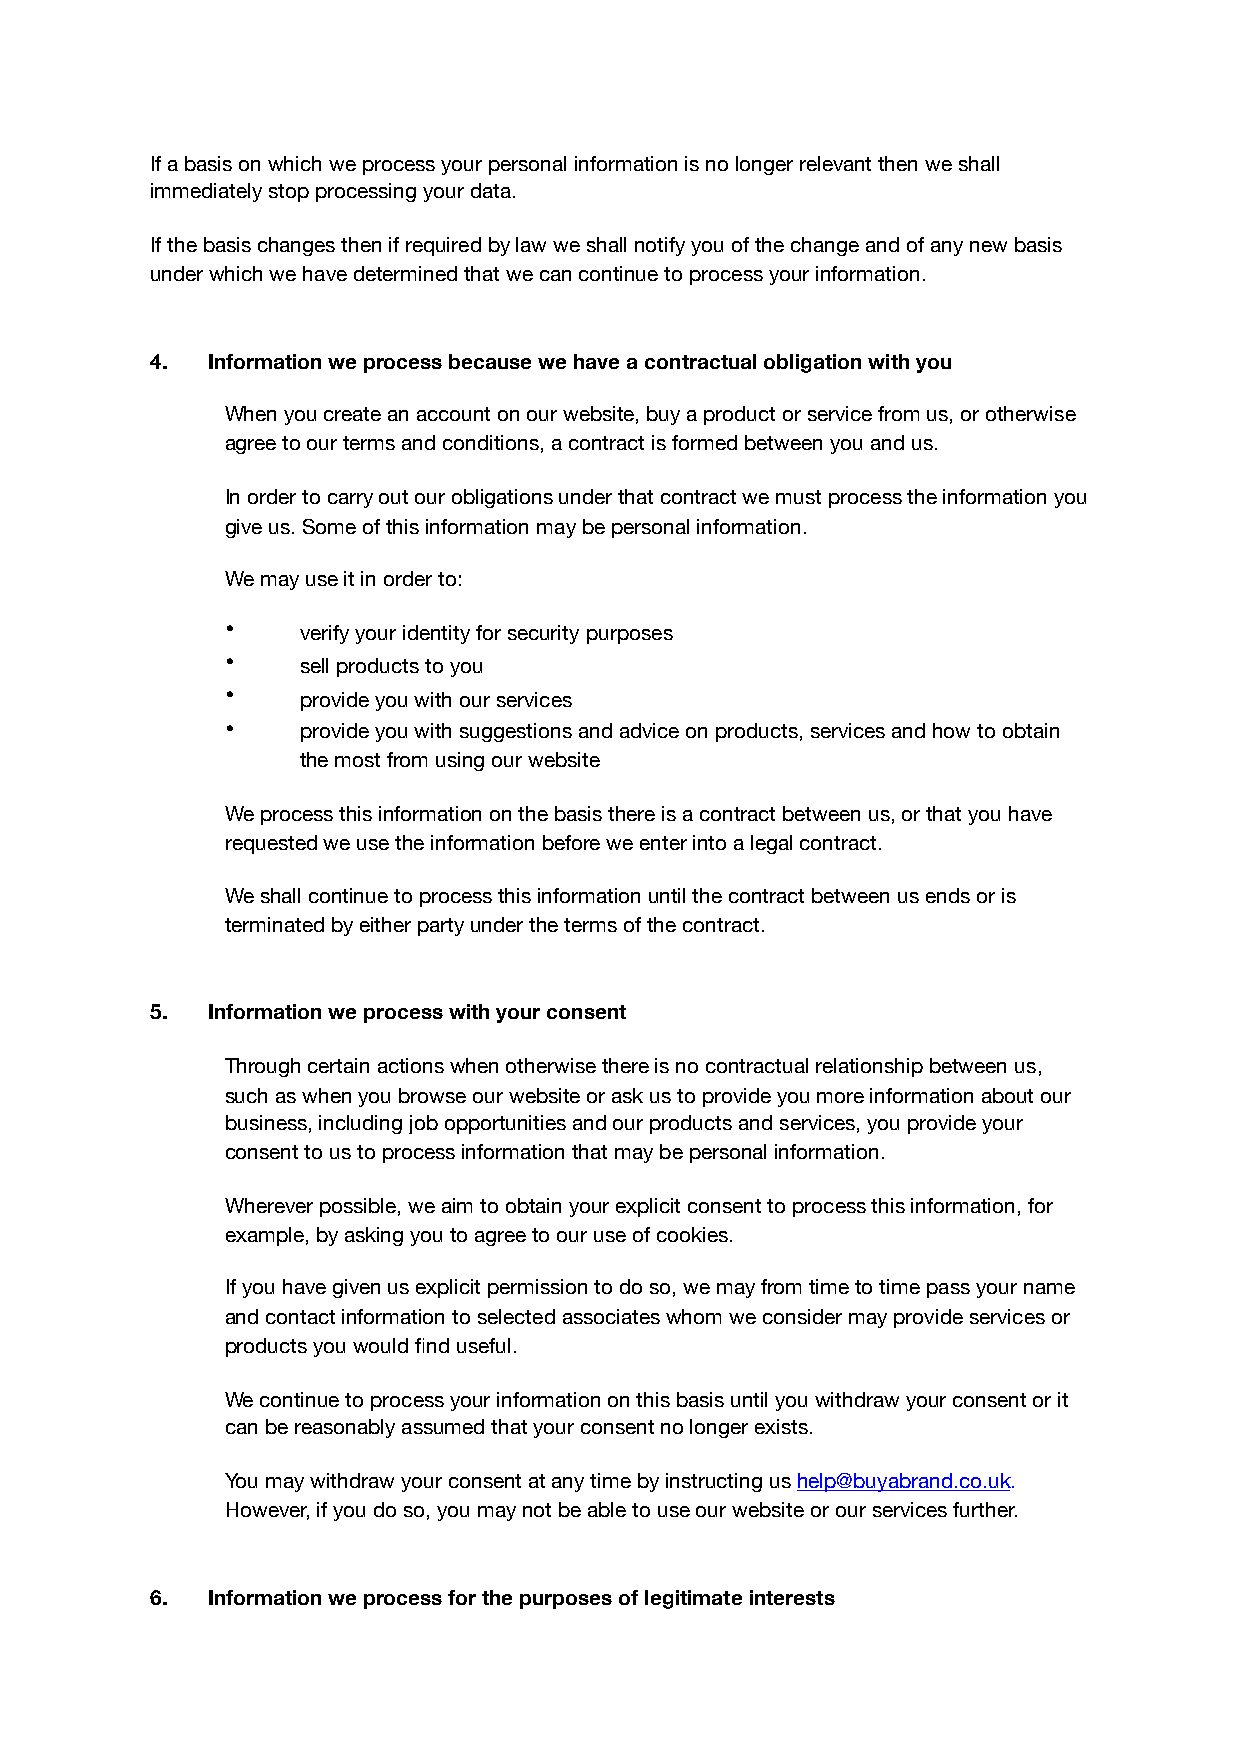
If a basis on which we process your personal information is no longer relevant then we shall
 immediately stop processing your data.
 If the basis changes then if required by law we shall notify you of the change and of any new basis
 under which we have determined that we can continue to process your information.
 4.  Information we process because we have a contractual obligation with you
 When you create an account on our website, buy a product or service from us, or otherwise
 agree to our terms and conditions, a contract is formed between you and us.
 In order to carry out our obligations under that contract we must process the information you
 give us. Some of this information may be personal information.
 We may use it in order to:
 •    verify your identity for security purposes
 •    sell products to you
 •    provide you with our services
 •    provide you with suggestions and advice on products, services and how to obtain
 the most from using our website
 We process this information on the basis there is a contract between us, or that you have
 requested we use the information before we enter into a legal contract.
 We shall continue to process this information until the contract between us ends or is
 terminated by either party under the terms of the contract.
 5.  Information we process with your consent
 Through certain actions when otherwise there is no contractual relationship between us,
 such as when you browse our website or ask us to provide you more information about our
 business, including job opportunities and our products and services, you provide your
 consent to us to process information that may be personal information.
 Wherever possible, we aim to obtain your explicit consent to process this information, for
 example, by asking you to agree to our use of cookies.
 If you have given us explicit permission to do so, we may from time to time pass your name
 and contact information to selected associates whom we consider may provide services or
 products you would find useful.
 We continue to process your information on this basis until you withdraw your consent or it
 can be reasonably assumed that your consent no longer exists.
 You may withdraw your consent at any time by instructing us help@buyabrand.co.uk.
 However, if you do so, you may not be able to use our website or our services further.
 6.  Information we process for the purposes of legitimate interests